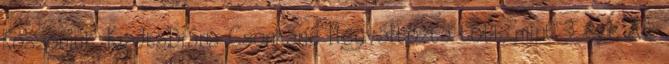
Köszönjük. KiadtaDiána Csonkané Megváltozta több, mint 3 éve Az